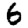
Digit: 6